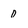
Character: D